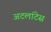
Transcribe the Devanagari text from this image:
अटलांटेस